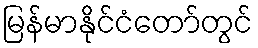
မြန်မာနိုင်ငံတော်တွင်